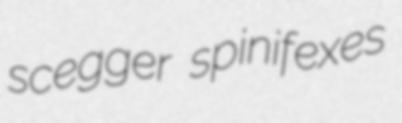
scegger spinifexes